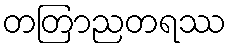
တတြာညတရဿ